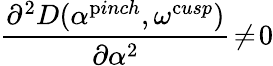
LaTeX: \frac{\partial^{2}D(\alpha^{\mathrm{p}inch},\omega^{\mathrm{c}usp})}{\partial\alpha^{2}}\! \ne\! 0